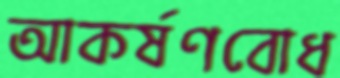
আকর্ষণবোধ